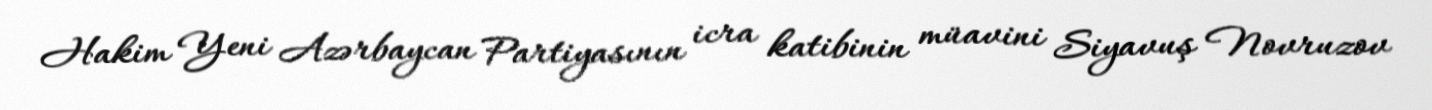
Hakim Yeni Azərbaycan Partiyasının icra katibinin müavini Siyavuş Novruzov